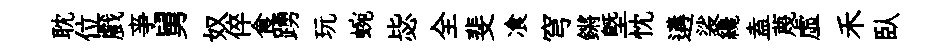
耽位戲亊舅奴倅食踴玩蜿毖全斐飡穹鏘塈忱遘裟纔盍蔑虛禾臥